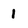
Character: 1